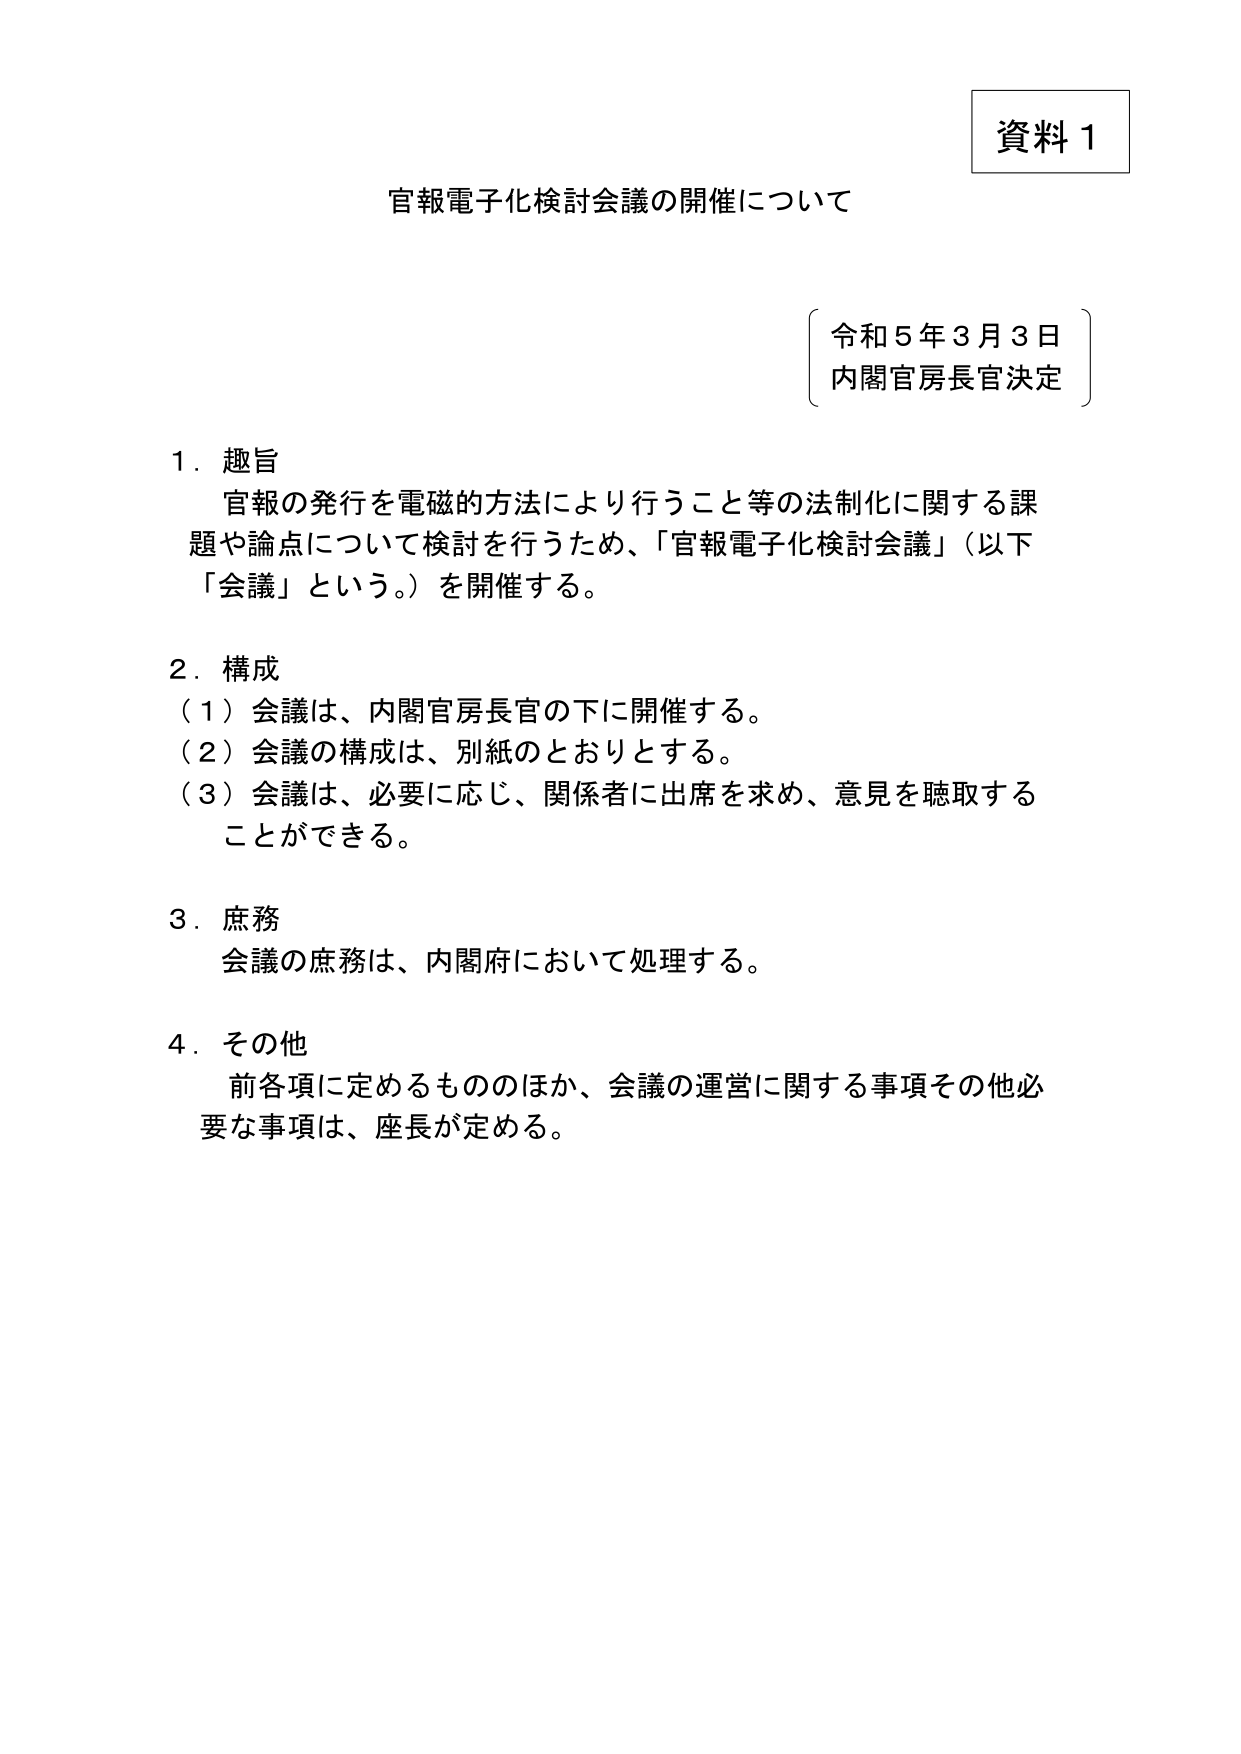
資料１

官報電子化検討会議の開催について

令和５年３月３日
内閣官房長官決定

１．趣旨
　官報の発行を電磁的方法により行うこと等の法制化に関する課題や論点について検討を行うため、「官報電子化検討会議」（以下「会議」という。）を開催する。

２．構成
　（１）会議は、内閣官房長官の下に開催する。
　（２）会議の構成は、別紙のとおりとする。
　（３）会議は、必要に応じ、関係者に出席を求め、意見を聴取することができる。

３．庶務
　会議の庶務は、内閣府において処理する。

４．その他
　前各項に定めるもののほか、会議の運営に関する事項その他必要な事項は、座長が定める。